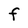
Character: F